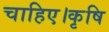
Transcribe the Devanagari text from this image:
चाहिए।कृषि